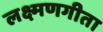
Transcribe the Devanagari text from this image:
लक्ष्मणगीता